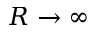
R \to \infty